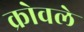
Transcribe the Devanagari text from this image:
क्रोवले